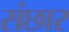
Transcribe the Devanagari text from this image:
संछार